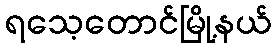
ရသေ့တောင်မြို့နယ်